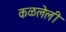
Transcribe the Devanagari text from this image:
कळलेली